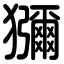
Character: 獼